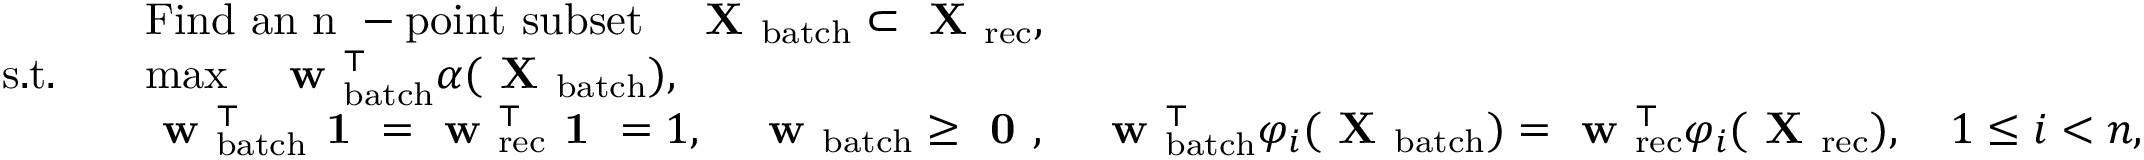
\begin{array} { r l } & { \mathrm { F i n d ~ a n ~ n ~ - p o i n t ~ s u b s e t } \quad \textbf { X } _ { \mathrm { b a t c h } } \subset \textbf { X } _ { \mathrm { r e c } } , } \\ { \mathrm { s . t . } \quad } & { \mathrm { m a x } \quad \textbf { w } _ { \mathrm { b a t c h } } ^ { \top } \alpha ( \textbf { X } _ { \mathrm { b a t c h } } ) , } \\ & { \textbf { w } _ { \mathrm { b a t c h } } ^ { \top } \textbf { 1 } = \textbf { w } _ { \mathrm { r e c } } ^ { \top } \textbf { 1 } = 1 , \quad \textbf { w } _ { \mathrm { b a t c h } } \ge \textbf { 0 } , \quad \textbf { w } _ { \mathrm { b a t c h } } ^ { \top } \varphi _ { i } ( \textbf { X } _ { \mathrm { b a t c h } } ) = \textbf { w } _ { \mathrm { r e c } } ^ { \top } \varphi _ { i } ( \textbf { X } _ { \mathrm { r e c } } ) , \quad 1 \le i < n , } \end{array}